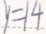
y = 1 4